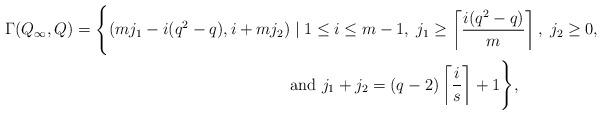
LaTeX: \begin{align*}\Gamma(Q_\infty,Q)=\Bigg\{(mj_1-i(q^2-q),i+mj_2) &\mid 1\leq i\leq m-1,\; j_1\geq \left\lceil\frac{i(q^2-q)}{m}\right\rceil,\; j_2\geq 0,\\&\mbox{and }j_1+j_2=(q-2)\left\lceil \frac{i}{s}\right\rceil+1 \Bigg\}, \end{align*}